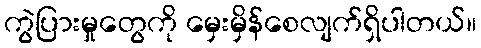
ကွဲပြားမှုတွေကို မှေးမှိန်စေလျက်ရှိပါတယ်။